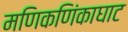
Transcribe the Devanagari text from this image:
मणिकणिंकाघाट